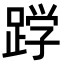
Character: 𮛦